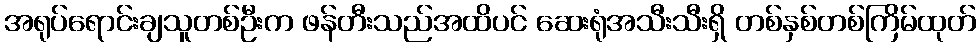
အရုပ်ရောင်းချသူတစ်ဦးက ဖန်တီးသည်အထိပင် ဆေးရုံအသီးသီးရှိ တစ်နှစ်တစ်ကြိမ်ထုတ်